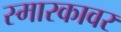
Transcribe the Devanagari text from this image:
स्मारकावर